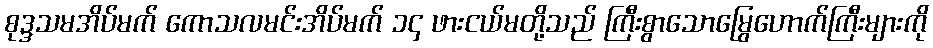
စုဒ္ဒသမအိပ်မက် ကောသလမင်းအိပ်မက် ၁၄ ဖားငယ်မတို့သည် ကြီးစွာသောမြွေဟောက်ကြီးများကို